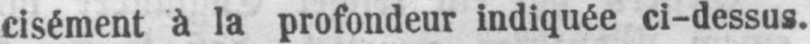
cisément à la profondeur indiquée ci-dessus.